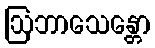
ဩဘာသေန္တော